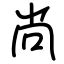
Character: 尚